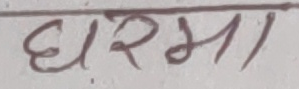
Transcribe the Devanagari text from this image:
धर्मा